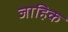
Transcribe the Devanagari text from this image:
जाहिक